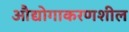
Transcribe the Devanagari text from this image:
औद्योगाकरणशील